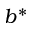
b ^ { * }